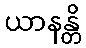
ယာနန္တိ